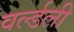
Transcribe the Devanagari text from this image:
वर्ल्डली